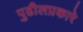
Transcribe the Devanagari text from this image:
पुढीलप्रकारे